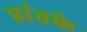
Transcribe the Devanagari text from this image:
प्रांतके